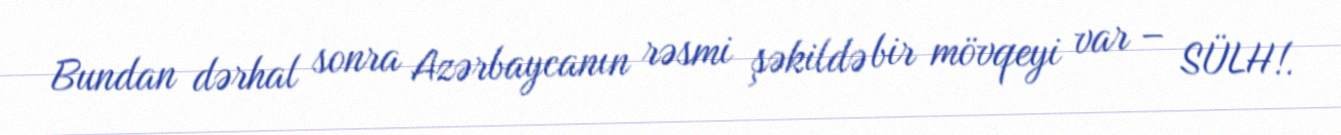
Bundan dərhal sonra Azərbaycanın rəsmi şəkildə bir mövqeyi var – SÜLH!.